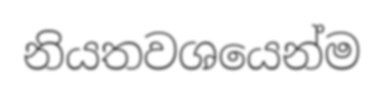
නියතවශයෙන්ම